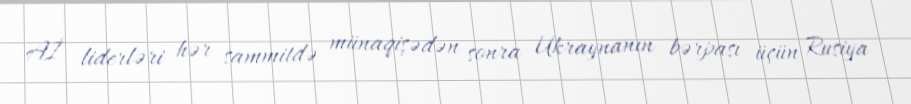
Aİ liderləri hər sammitdə münaqişədən sonra Ukraynanın bərpası üçün Rusiya